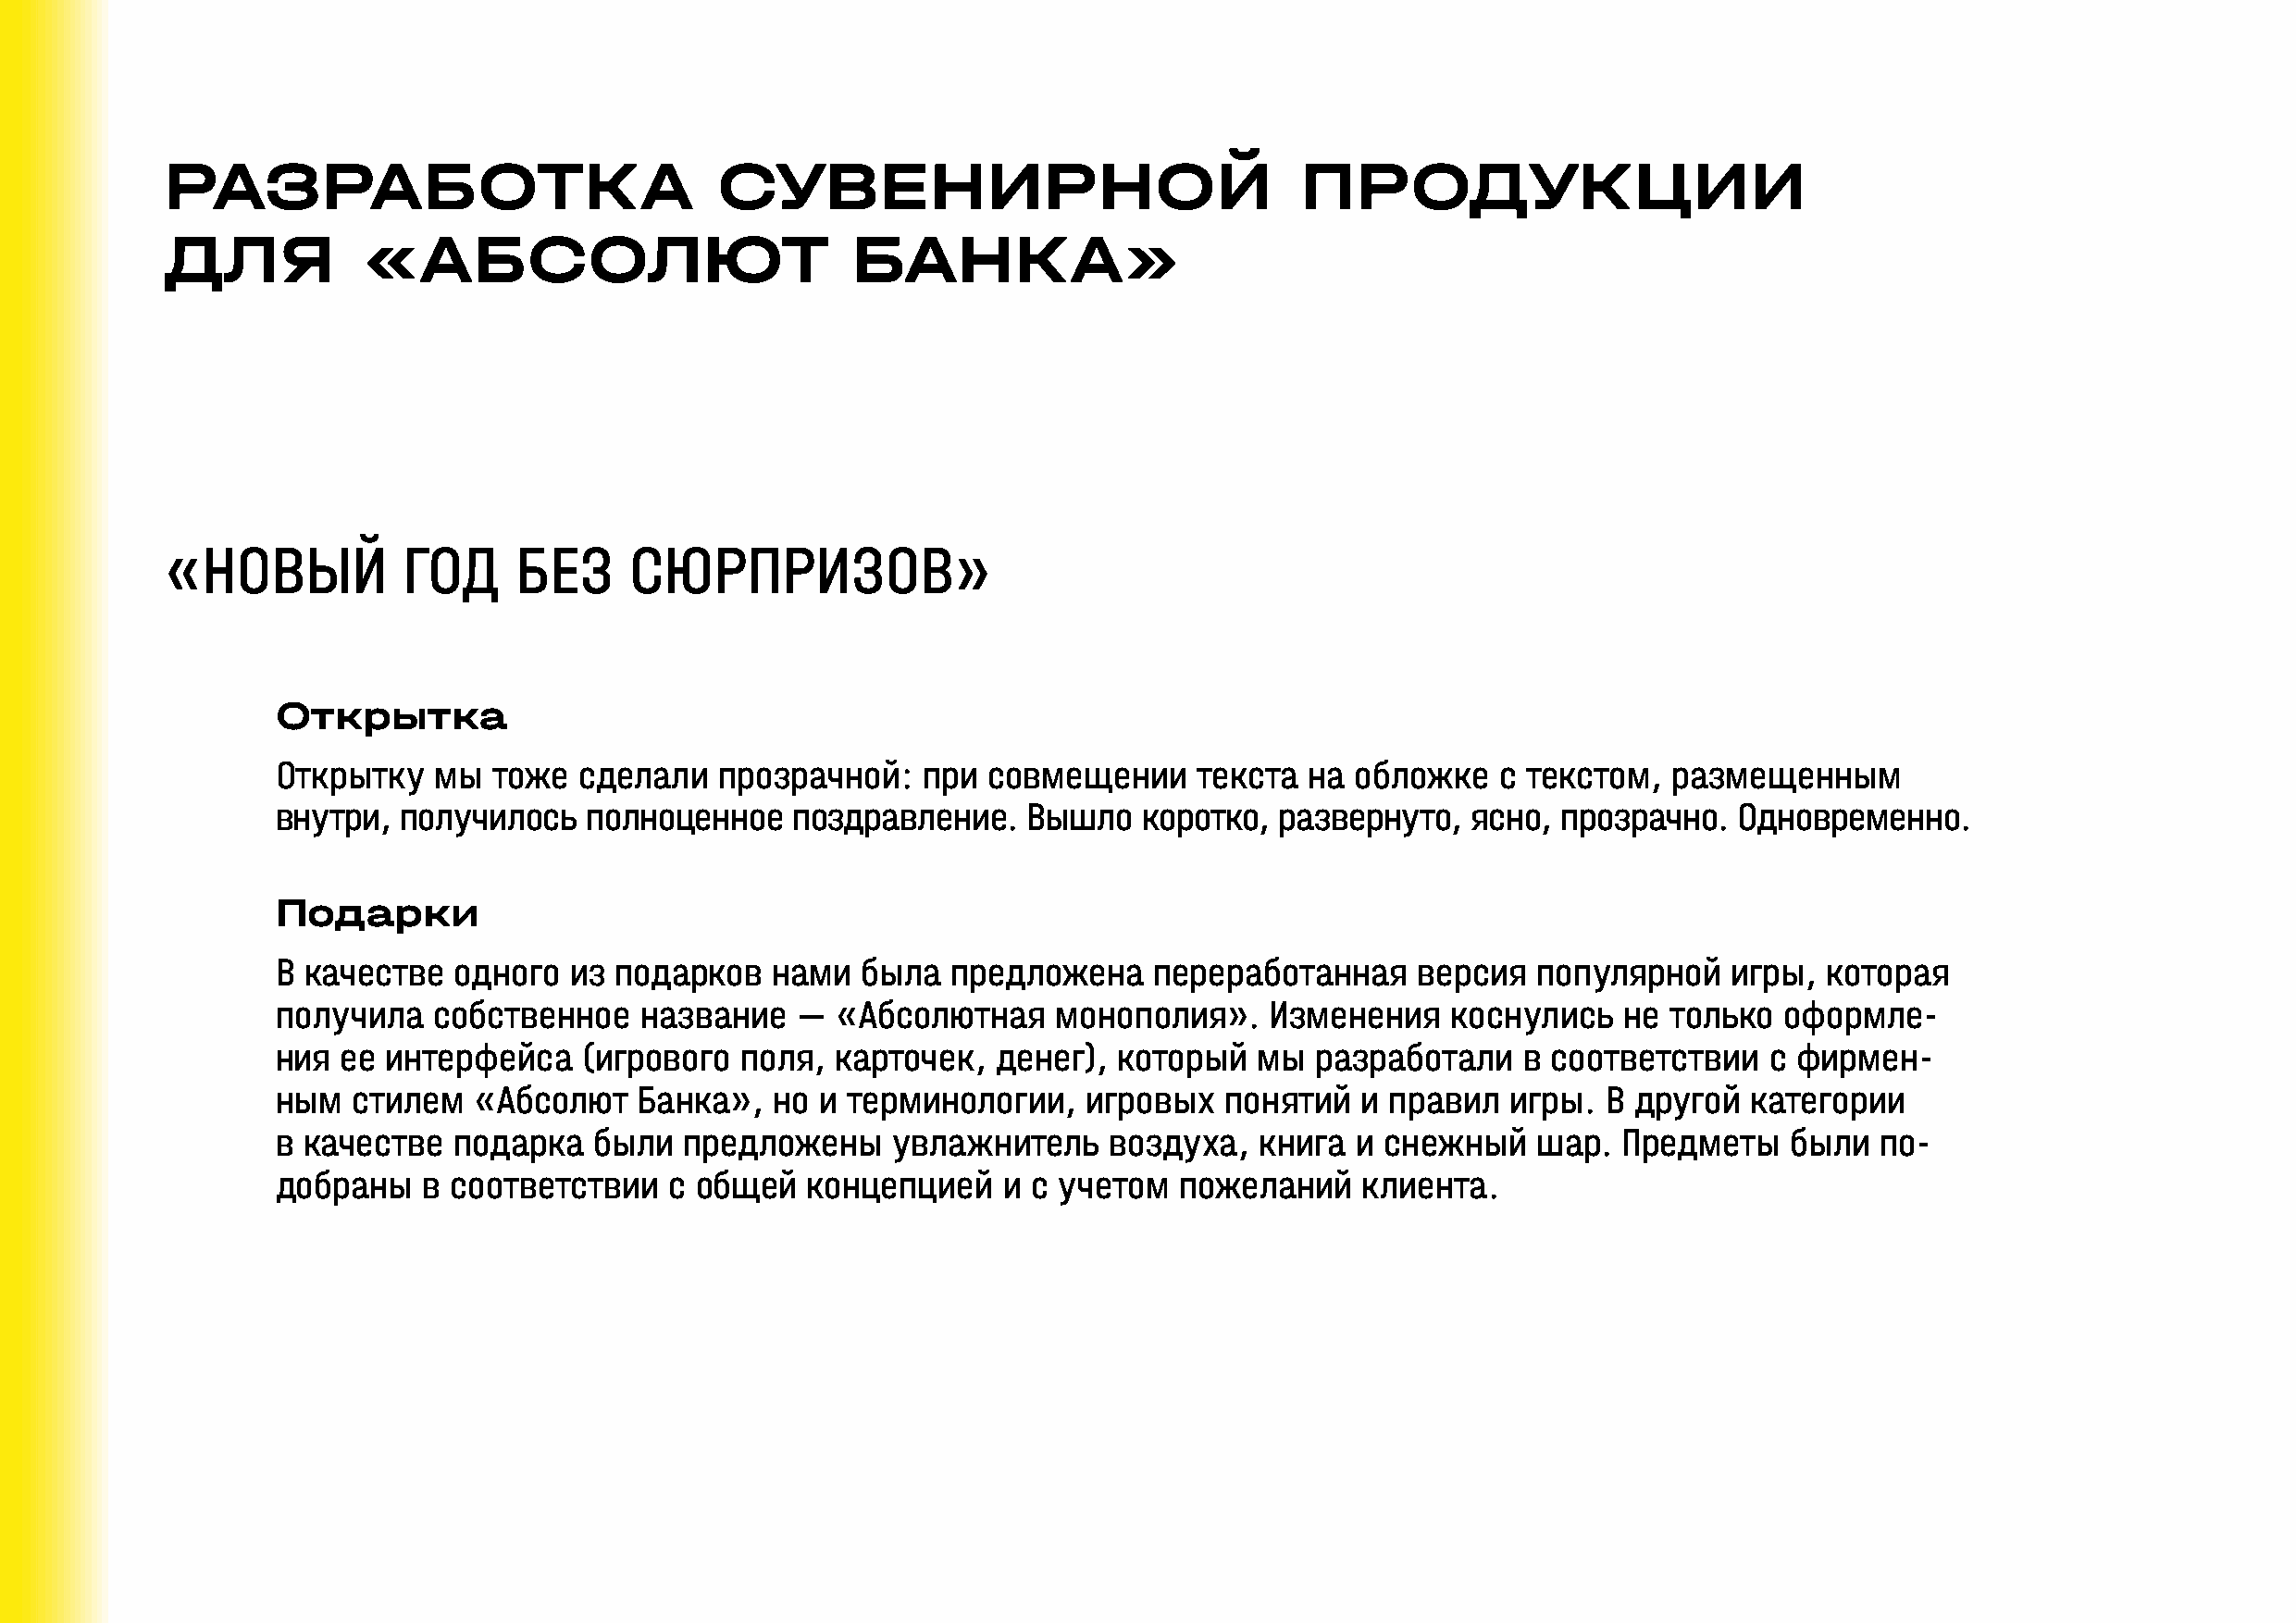
РАЗРАБОТКА                             СУВЕНИРНОЙ                                ПРОДУКЦИИ
 ДЛЯ           «АБСОЛЮТ                           БАНКА»
 «НОВЫЙ           ГОД     БЕЗ     СЮРПРИЗОВ»
 Открытка
 Открытку   мы  тоже  сделали   прозрачной:    при  совмещении     текста  на обложке   с текстом,   размещенным
 внутри,  получилось   полноценное    поздравление.   Вышло    коротко, развернуто,   ясно,  прозрачно.  Одновременно.
 Подарки
 В качестве   одного  из подарков   нами   была  предложена     переработанная    версия   популярной    игры,  которая
 получила   собственное    название   —  «Абсолютная     монополия».    Изменения    коснулись   не только   оформле-
 ния ее  интерфейса    (игрового  поля,  карточек,  денег),  который   мы  разработали    в соответствии    с фирмен-
 ным  стилем   «Абсолют    Банка»,  но  и терминологии,    игровых   понятий  и правил   игры.  В другой  категории
 в качестве  подарка   были   предложены     увлажнитель    воздуха,   книга  и снежный    шар.  Предметы    были  по-
 добраны   в соответствии    с общей   концепцией    и с учетом  пожеланий    клиента.